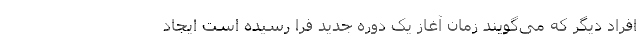
افراد دیگر که می‌گویند زمان آغاز یک دوره جدید فرا رسیده است ایجاد